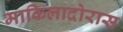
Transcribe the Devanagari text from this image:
माकिलादोरास